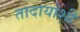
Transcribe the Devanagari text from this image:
तादायोशी